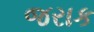
જરાક